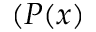
( P ( x )